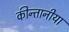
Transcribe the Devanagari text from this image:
कीन्तानीया